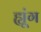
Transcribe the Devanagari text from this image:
ह्यूंग